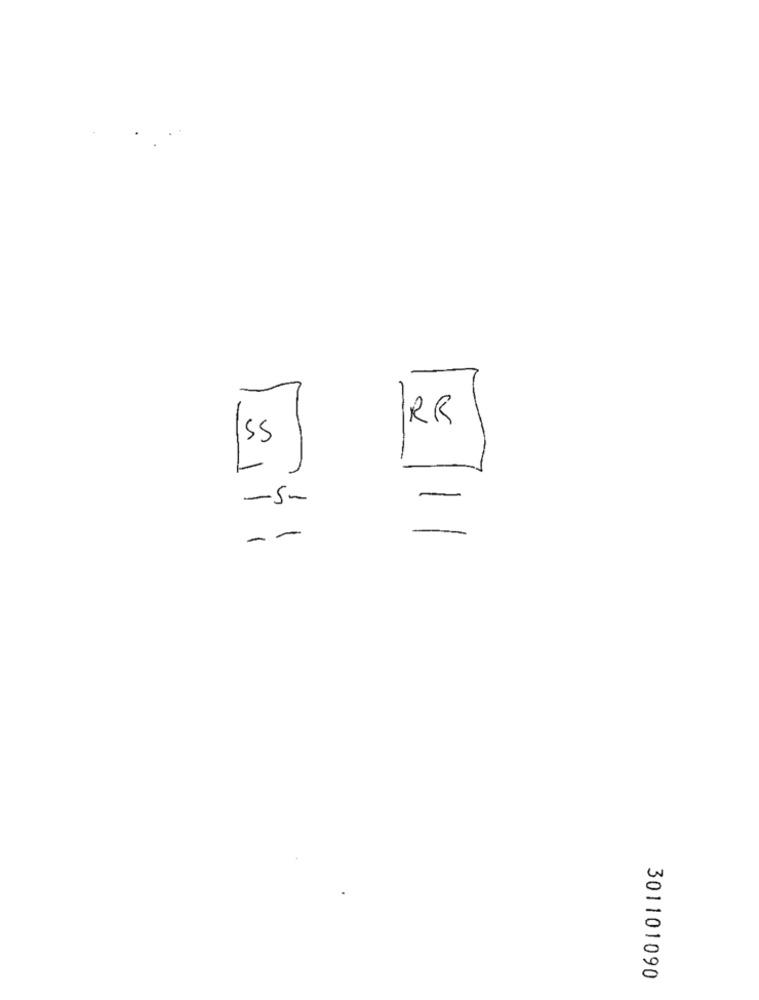
RR
-5-
--
301101090